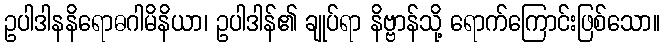
ဥပါဒါနနိရောဓဂါမိနိယာ၊ ဥပါဒါန်၏ ချုပ်ရာ နိဗ္ဗာန်သို့ ရောက်ကြောင်းဖြစ်သော။